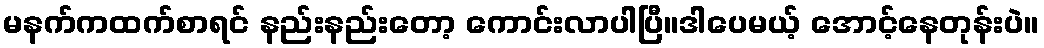
မနက်ကထက်စာရင် နည်းနည်းတော့ ကောင်းလာပါပြီ။ဒါပေမယ့် အောင့်နေတုန်းပဲ။